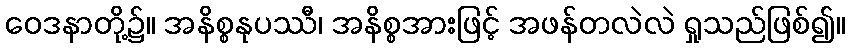
ဝေဒနာတို့၌။ အနိစ္စနုပဿီ၊ အနိစ္စအားဖြင့် အဖန်တလဲလဲ ရှုသည်ဖြစ်၍။